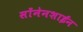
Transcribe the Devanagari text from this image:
सोंनेनशाईन